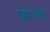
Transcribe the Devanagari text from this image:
खाचर